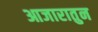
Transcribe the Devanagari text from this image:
आजारातुन